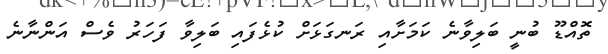
ތޮއްޑޫ ބުނީ ބަލިވާނެ ކަމަށާއި ރަނގަޅަށް ކުޅެފައި ބަލިވާ ފަހަރު ވެސް އަންނާނެ